Annual administration report of the Civil Veterinary Department of India - 1896-1897
Year: 1896
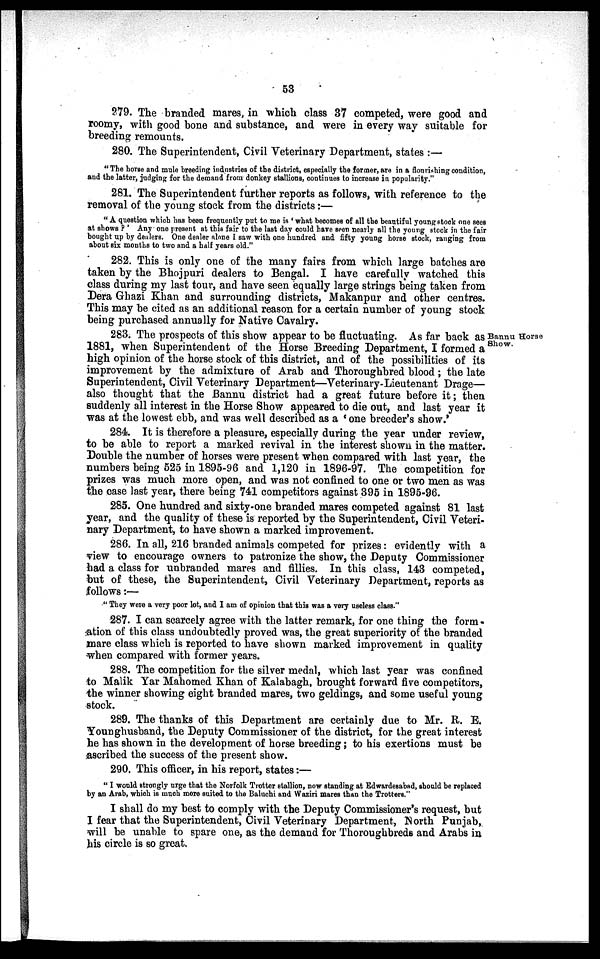
53
279. The branded mares, in which class 37 competed, were good and
roomy, with good bone and substance, and were in every way suitable for
breeding remounts.
280. The Superintendent, Civil Veterinary Department, states:—
"The horse and mule breeding industries of the district, especially the former, are in a flourishing condition,
and the latter, judging for the demand from donkey stallions, continues to increase in popularity."
281. The Superintendent further reports as follows, with reference to the
removal of the young stock from the districts:—
" A question which has been frequently put to me is ' what becomes of all the beautiful young stock one sees
at shows P ' Any one present at this fair to the last day could have seen nearly all the young stock in the fair
bought up by dealers. One dealer alone I saw with one hundred and fifty young horse stock, ranging from
about six months to two and a half years old."
282. This is only one of the many fairs from which large batches are
taken by the Bhojpuri dealers to Bengal. I have carefully watched this
class during my last tour, and have seen equally large strings being taken from
Dera Ghazi Khan and surrounding districts, Makanpur and other centres.
This may be cited as an additional reason for a certain number of young stock
being purchased annually for Native Cavalry.
Bannu Horse
Show.
283. The prospects of this show appear to be fluctuating. As far back as
1881, when Superintendent of the Horse Breeding Department, I formed a
high opinion of the horse stock of this district, and of the possibilities of its
improvement by the admixture of Arab and Thoroughbred blood; the late
Superintendent, Civil Veterinary Department—Veterinary-Lieutenant Drage—
also thought that the Bannu district had a great future before it; then
suddenly all interest in the Horse Show appeared to die out, and last year it
was at the lowest ebb, and was well described as a ' one breeder's show.'
284. It is therefore a pleasure, especially during the year under review,
to be able to report a marked revival in the interest shown in the matter.
Double the number of horses were present when compared with last year, the
numbers being 525 in 1895-96 and 1,120 in 1896-97. The competition for
prizes was much more open, and was not confined to one or two men as was
the case last year, there being 741 competitors against 395 in 1895-96.
285. One hundred and sixty-one branded mares competed against 81 last
year, and the quality of these is reported by the Superintendent, Civil Veteri-
nary Department, to have shown a marked improvement.
286. In all, 216 branded animals competed for prizes: evidently with a
view to encourage owners to patronize the show, the Deputy Commissioner
had a class for unbranded mares and fillies. In this class, 143 competed,
but of these, the Superintendent, Civil Veterinary Department, reports as
follows:—
"They were a very poor lot, and I am of opinion that this was a very useless class."
287. I can scarcely agree with the latter remark, for one thing the form-
ation of this class undoubtedly proved was, the great superiority of the branded
mare class which is reported to have shown marked improvement in quality
when compared with former years.
288. The competition for the silver medal, which last year was confined
to Malik Yar Mahomed Khan of Kalabagh, brought forward five competitors,
the winner showing eight branded mares, two geldings, and some useful young
stock.
289. The thanks of this Department are certainly due to Mr. R. E.
Younghusband, the Deputy Commissioner of the district, for the great interest
he has shown in the development of horse breeding; to his exertions must be
ascribed the success of the present show.
290. This officer, in his report, states:—
"I would strongly urge that the Norfolk Trotter stallion, now standing at Edwardesabad, should be replaced
by an Arab, which is much more suited to the Baluchi and Waziri mares than the Trotters."
I shall do my best to comply with the Deputy Commissioner's request, but
I fear that the Superintendent, Civil Veterinary Department, North Punjab,
will be unable to spare one, as the demand for Thoroughbreds and Arabs in
his circle is so great.